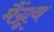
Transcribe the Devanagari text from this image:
मैंग्रूव